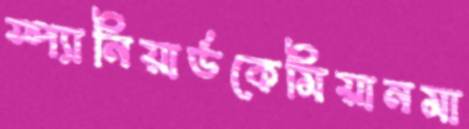
স্প্যানিয়ার্ডকেমিয়ানমা